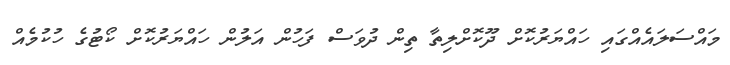
މައްސަލައެއްގައި ހައްޔަރުކޮށް ދޫކޮށްލިތާ ތިން ދުވަސް ފަހުން އަލުން ހައްޔަރުކޮށް ކޯޓުގެ ހުކުމެއް